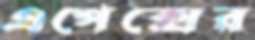
এপেক্সের